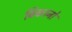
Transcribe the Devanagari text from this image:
बिकानो